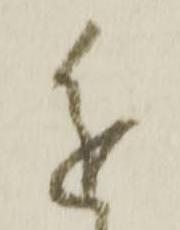
進